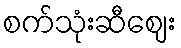
စက်သုံးဆီဈေး